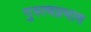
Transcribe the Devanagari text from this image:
गुरुत्वप्रभाव